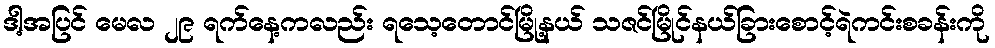
ဒါ့အပြင် မေလ ၂၉ ရက်နေ့ကလည်း ရသေ့တောင်မြို့နယ် သဇင်မြိုင်နယ်ခြားစောင့်ရဲကင်းစခန်းကို